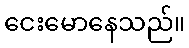
ငေးမောနေသည်။